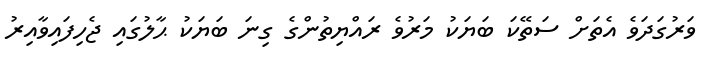
ވަރުގަދަވެ އެތަށް ސަތޭކަ ބަޔަކު މަރުވެ ރައްޔިތުންގެ ގިނަ ބަޔަކު ޙާލުގައި ޖެހިފައިވާއިރު